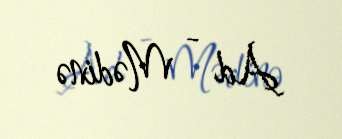
Ad - Mədinə